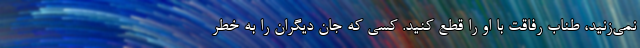
نمی‌زنید، طناب رفاقت با او را قطع کنید. کسی که جان دیگران را به خطر